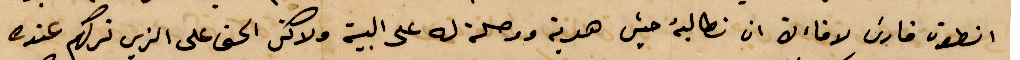
نطون فارن لاقاءك ان نطالبه حيث هدية ووصلة له على البيت ولاكثر الحق على الزين تركهم عندن